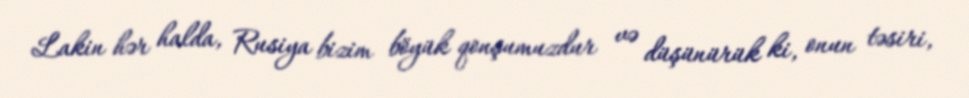
Lakin hər halda, Rusiya bizim böyük qonşumuzdur və düşünürük ki, onun təsiri,